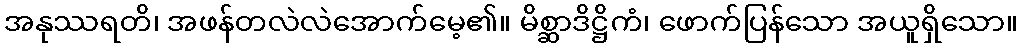
အနုဿရတိ၊ အဖန်တလဲလဲအောက်မေ့၏။ မိစ္ဆာဒိဋ္ဌိကံ၊ ဖောက်ပြန်သော အယူရှိသော။